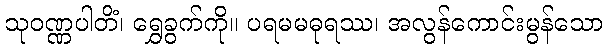
သုဝဏ္ဏပါတိံ၊ ရွှေခွက်ကို။ ပရမမဓုရဿ၊ အလွန်ကောင်းမွန်သော